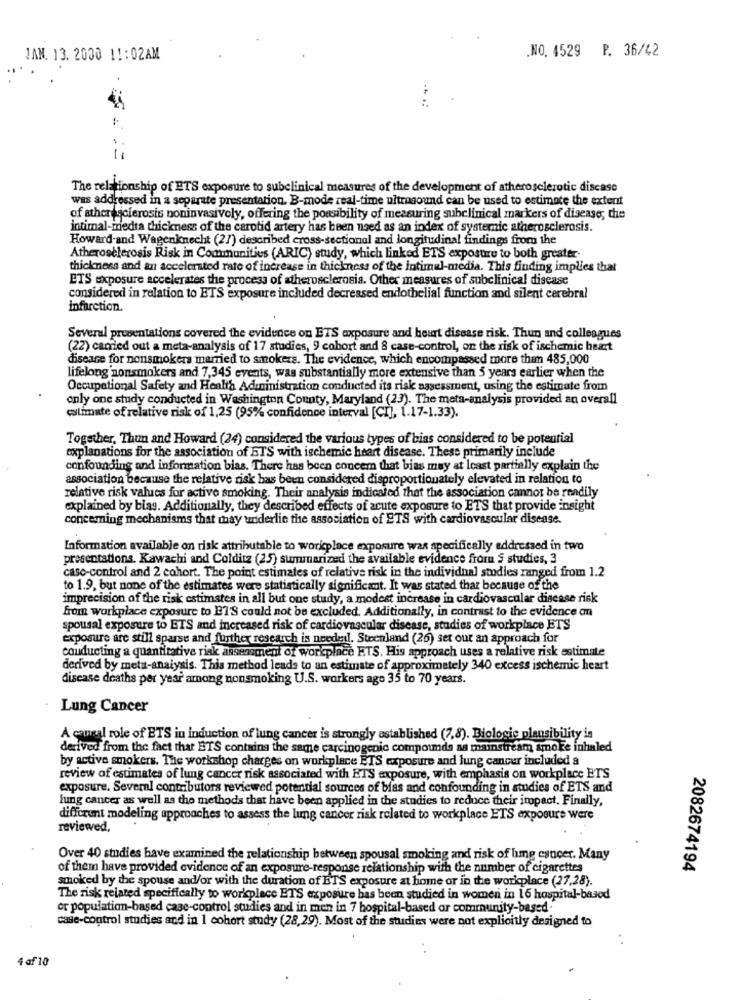
JAN. 13. 2000 11:02AM
.NO. 4529 P. 36/42
The relationship of ETS exposure to subclinical measures of the development of atherosclerotic discase
was addressed in a separate presentation. B-mode real-time ultrasound can be used to estimate the extent
of atherosclerosis noninvasively, offering the possibility of measuring subclinical markers of disease; the
intimal-media thickness of the carotid artery has been used as an index of systemic atherosclerosis.
Howard-and Wagenknecht (27) described cross-sectional and longitudinal findings from the
Atherosclerosis Risk in Communities (ARIC) study, which linked ETS exposure to both greater-
thickness and an accelerated rate of increase in thickness of the intimal-media. This finding implies that
ETS exposure accelerates the process of atherosclerosis. Other measures of subclinical disease
considered in relation to ETS exposure included decreased endothelial function and silent cerebral
infarction.
Several presentations covered the evidence on ETS exposure and heart disease risk. Thun and colleagues
(22) carried out a meta-analysis of 17 studies, 9 cobort and 8 case-control, on the risk of ischemic heart
diseare for nonsmokers married to smokers. The evidence, which encompassed more them 485,000
lifelong nonsmokers and 7,345 events, was substantially more extensive than 3 years earlier when the
Occupational Safety and Health Administration conducted its risk assessment, using the estimate from
only one study conducted in Washington County, Maryland (23). The meta-analysis provided an overall
estimate of relative risk of 1,25 (95% confidence interval [CI], [.17-1.33).
Together, Thun and Howard (24) considered the various types of bias considered to be potential
explanations for the association of ETS with ischemic heart disease. These primarily include
confounding and information bias. There has been concem that bias may at least partially explain the
association because the relative risk has been considered disproportionately elevated in relation to
relative risk values for active smoking. Their analysis indicated that the association cannot be readily
explained by biag. Additionally, they described effects of acute exposure to ETS that provide insight
concerning mechanisms that may uriderlie the association of ETS with cardiovascular disease.
Information available on risk attributable to woricplace exposure was specifically addressed in two
presentations. Kawachi and Colditz (25) summarized the available evidence from $ studies, 3
case-control and 2 cohort. The point estimates of relative risk in the individual studies ranged from 1.2
to 1.9, but none of the estimates were statistically significant. It was stated that because of the
imprecision of the risk estimates in all but one study, a modest increase in cardiovascular disease risk
from workplace exposure to ET'S could not be excluded. Additionally, in contrast to the evidence on
spousal exposure to ETS and increased risk of cardiovascular disease, studies of workplace ETS
exposure are still sparse and further research is needed. Steenland (26) set out an approach for
conducting a quantitative risk assessment of workplace ETS. His approach uses a relative risk estimate
derived by meta-analysis. This method leads to an estimate of approximately 340 excess ischemic heart
disease deaths per year among nonsmoking U.S. workers age 35 to 70 years.
Lung Cancer
A causal role of ETS in induction of lung cancer is strongly established (7,8). Biologic plausibility is
derived from the fact that BTS contains the same carcinogenic compounds as mainstream smoke inhaled
by active smokers. The workshop charges on workplace ETS exposure and lung cancer included a
review of estimates of lung cancer risk associated with ETS exposure, with emphasis on workplace ETS
exposure. Several contributors reviewed potential sources of bias and confounding in studies of ETS and
lung cancer as well as the methods that have been applied in the studies to reduce their impact. Finally,
different modeling approaches to assess the lung cancer risk related to workplace ETS exposure were
reviewed,
Over 40 studies have examined the relationship between spousal smoking and risk of lime cancer. Many
of them have provided evidence of an exposure-response relationship with the number of cigarettes
2082674194
smoked by the spouse and/or with the duration of ETS exposure at home or in the workplace (27,28).
The risk related specifically to workplace ETS exposure has been studied in women in 16 hospital-based
or population-based case-control studies and in men in 7 hospital-based or community-based.
case-control studies and in 1 cohort study (28,29). Most of the studies were not explicitly designed to
4 af 10